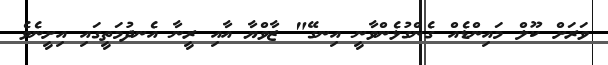
ވަރަށް ކޫލް މައިންޑެއް ގެންގުޅެންވާނީ އިނގޭ" ޒާވްޔާ އާއި ރީނާ އެނދުމަތީގައި އިށީނެވެ